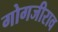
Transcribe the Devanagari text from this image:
गोगजीराव